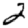
Digit: 2